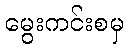
မွေးကင်းစမှ